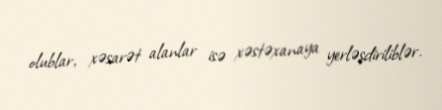
olublar, xəsarət alanlar isə xəstəxanaya yerləşdiriliblər.